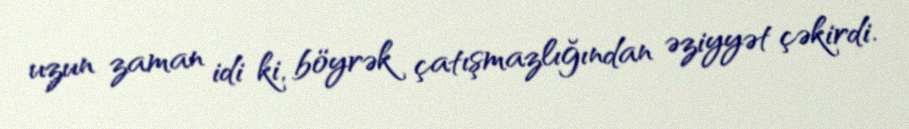
uzun zaman idi ki, böyrək çatışmazlığından əziyyət çəkirdi.